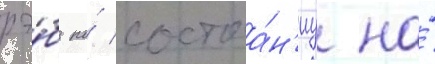
рэ́б по́ состоа́н'иу на́